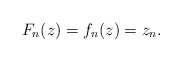
\begin{align*}F_n(z) = f_n(z) = z_n .\end{align*}